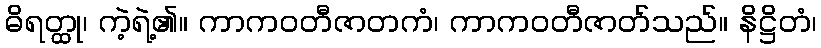
ဓိရတ္ထု၊ ကဲ့ရဲ့၏။ ကာကဝတီဇာတကံ၊ ကာကဝတီဇာတ်သည်။ နိဋ္ဌိတံ၊